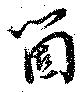
箇